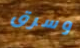
وسرق